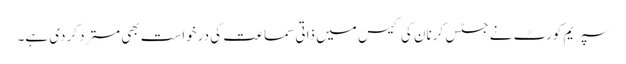
سپریم کورٹ نے جسٹس کرنان کی کیس میں ذاتی سماعت کی درخواست بھی مسترد کردی ہے۔